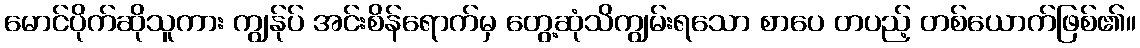
မောင်ပိုက်ဆိုသူကား ကျွန်ုပ် အင်းစိန်ရောက်မှ တွေ့ဆုံသိကျွမ်းရသော စာပေ တပည့် တစ်ယောက်ဖြစ်၏။